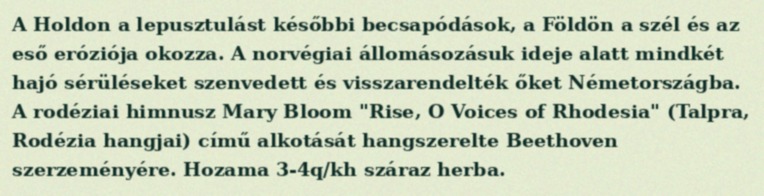
A Holdon a lepusztulást későbbi becsapódások, a Földön a szél és az eső eróziója okozza. A norvégiai állomásozásuk ideje alatt mindkét hajó sérüléseket szenvedett és visszarendelték őket Németországba. A rodéziai himnusz Mary Bloom "Rise, O Voices of Rhodesia" (Talpra, Rodézia hangjai) című alkotását hangszerelte Beethoven szerzeményére. Hozama 3-4q/kh száraz herba.